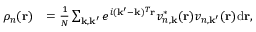
\begin{array} { r l } { \rho _ { n } ( \mathbf { r } ) } & { = \frac { 1 } { N } \sum _ { \mathbf { k } , \mathbf { k } ^ { \prime } } e ^ { i ( \mathbf { k } ^ { \prime } - \mathbf { k } ) ^ { T } \mathbf { r } } v _ { n , \mathbf { k } } ^ { * } ( \mathbf { r } ) v _ { n , \mathbf { k } ^ { \prime } } ( \mathbf { r } ) \mathrm { d } \mathbf { r } , } \end{array}